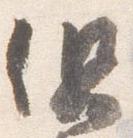
但